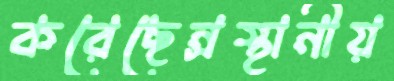
করেছেন্রস্থানীয়